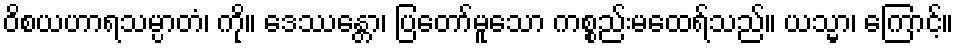
ဝိစယဟာရသမ္ပာတံ၊ ကို။ ဒေဿန္တော၊ ပြတော်မူသော ကစ္စည်းမထေရ်သည်။ ယသ္မာ၊ ကြောင့်။